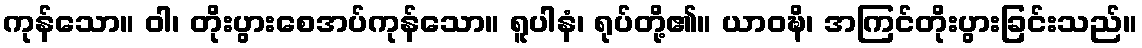
ကုန်သော။ ဝါ၊ တိုးပွားစေအပ်ကုန်သော။ ရူပါနံ၊ ရုပ်တို့၏။ ယာဝဍ္ဎိ၊ အကြင်တိုးပွားခြင်းသည်။